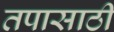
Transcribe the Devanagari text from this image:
तपासाठी